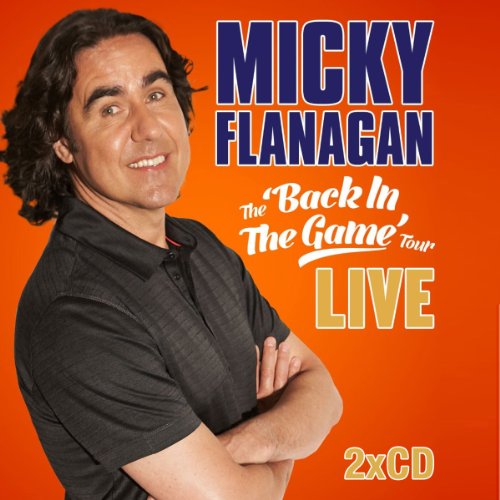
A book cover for Back in the Game; Humor & Entertainment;